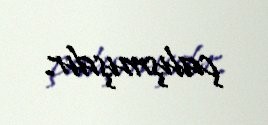
çalışmışdır.